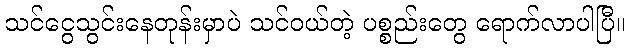
သင်ငွေသွင်းနေတုန်းမှာပဲ သင်ဝယ်တဲ့ ပစ္စည်းတွေ ရောက်လာပါပြီ။